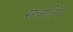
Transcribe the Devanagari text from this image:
सबातिये